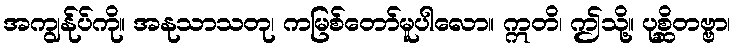
အကျွန်ုပ်ကို။ အနုသာသတု၊ ကမြစ်တော်မူပါလော။ ဣတိ၊ ဤသို့။ ပုစ္ဆိတဗ္ဗာ၊